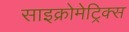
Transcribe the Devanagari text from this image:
साइक्रोमेट्रिक्स